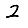
Digit: 2